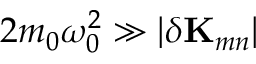
2 m _ { 0 } \omega _ { 0 } ^ { 2 } \gg | \delta \mathbf { K } _ { m n } |